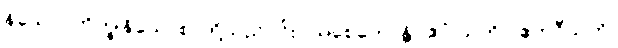
န်သော။ ဘိက္ခုနိယောစ၊ တို့သည်၎င်း။ သစေဟောန္တိ (ဧဝံ သတိ၊) ဧကဝီသတိ၊